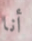
أنا